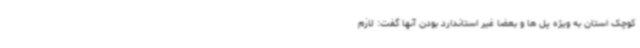
کوچک استان به ویژه پل ها و بعضاً غیر استاندارد بودن آنها گفت: لازم